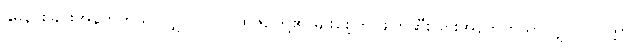
နှိမ်နင်းခြင်းအနက်ကိုသာလျှင်။ ဝါ၊ ပုထုဇဉ်တို့၏ မျိုးစေ့ကို ဖျက်ဆီးခြင်းအနက်ကိုသာလျှင်။ ဝုတ္တော၊